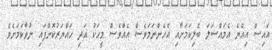
އައިސް އިއްްޔެ އެމައްސަލަ ބެލިކަމަށާއި އެހެންނަމަވެސް އެއްވެސް މީހަކު އަދި ހައްޔަރުކޮށްފައި ނުވާކަމަށެވެ.